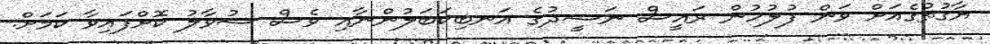
ޔާގުތުގެއަށް ވަން ފުލުހުން ރައީސް ނަޝީދުގެ އަނބިކަބަލުންނާއި ވެސް ސުވާލު ކޮށްފައިވާ ކަމަށް.